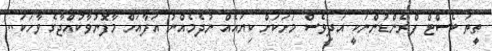
ތީތަ ބެސްޓް ފްރެންޑުންނަކީ އަދިވެސް މަށަކަށް ކިޔައެއް ނުދެމެއްނު އަފާއަށް މާފޮނުވާކުއްޖާގެ ވާހަކަ..